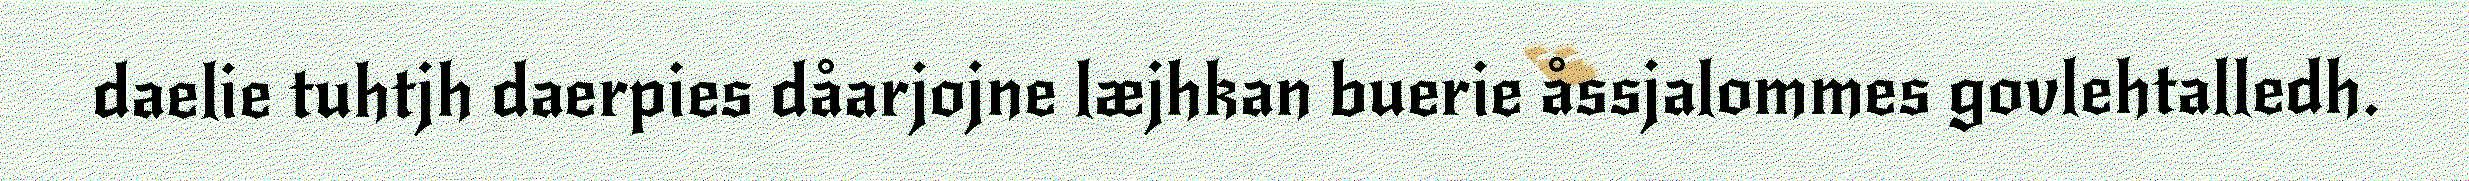
daelie tuhtjh daerpies dåarjojne læjhkan buerie åssjalommes govlehtalledh.